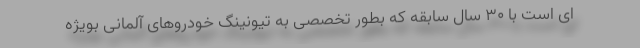
ای است با 30 سال سابقه که بطور تخصصی به تیونینگ خودروهای آلمانی بویژه